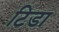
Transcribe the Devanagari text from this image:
टिडा